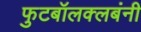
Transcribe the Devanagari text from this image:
फुटबॉलक्लबंनी